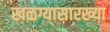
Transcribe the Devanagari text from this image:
खळग्यासारख्या